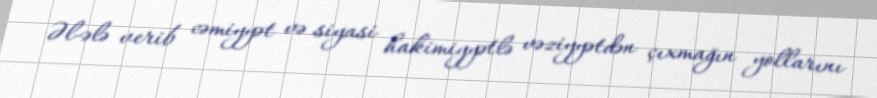
Əl-ələ verib cəmiyyət və siyasi hakimiyyətlə vəziyyətdən çıxmağın yollarını